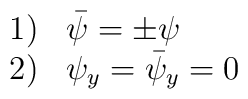
\begin{array}{l l}1) & \bar{\psi} = \pm \psi\\2) & \psi_y = \bar{\psi}_y = 0\end{array}